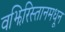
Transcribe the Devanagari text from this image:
वझिरिस्तानमधून